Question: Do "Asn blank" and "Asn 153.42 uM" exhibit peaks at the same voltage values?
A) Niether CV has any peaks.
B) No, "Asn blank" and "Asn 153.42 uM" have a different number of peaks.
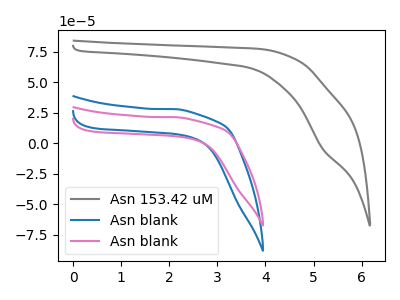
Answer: <think>The gray curve "Asn 153.42 uM" has a cathodic peak at: (5.20V, -4.70uA). The blue curve "Asn blank" has no peaks. The pink curve "Asn blank" has no peaks.</think>
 <answer>B) No, "Asn blank" and "Asn 153.42 uM" have a different number of peaks.</answer>
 <eval>B</eval>